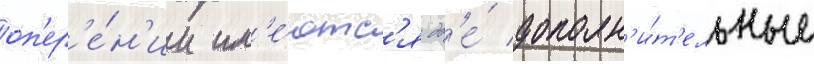
оп'ер'е́н'ии им'е́ютс'я дв'е́ дополн'и́т'ельные